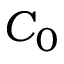
C _ { 0 }